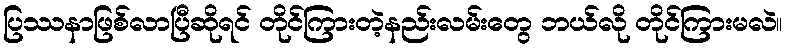
ပြဿနာဖြစ်လာပြီဆိုရင် တိုင်ကြားတဲ့နည်းလမ်းတွေ ဘယ်လို တိုင်ကြားမလဲ။